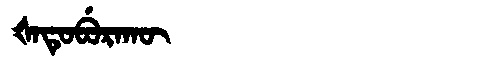
Manchu: ᡧᠠᡨᡠᠪᡠᡵᠠᡴᡡ
Romanization: ŠATUBURAKŪ